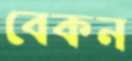
বেকন